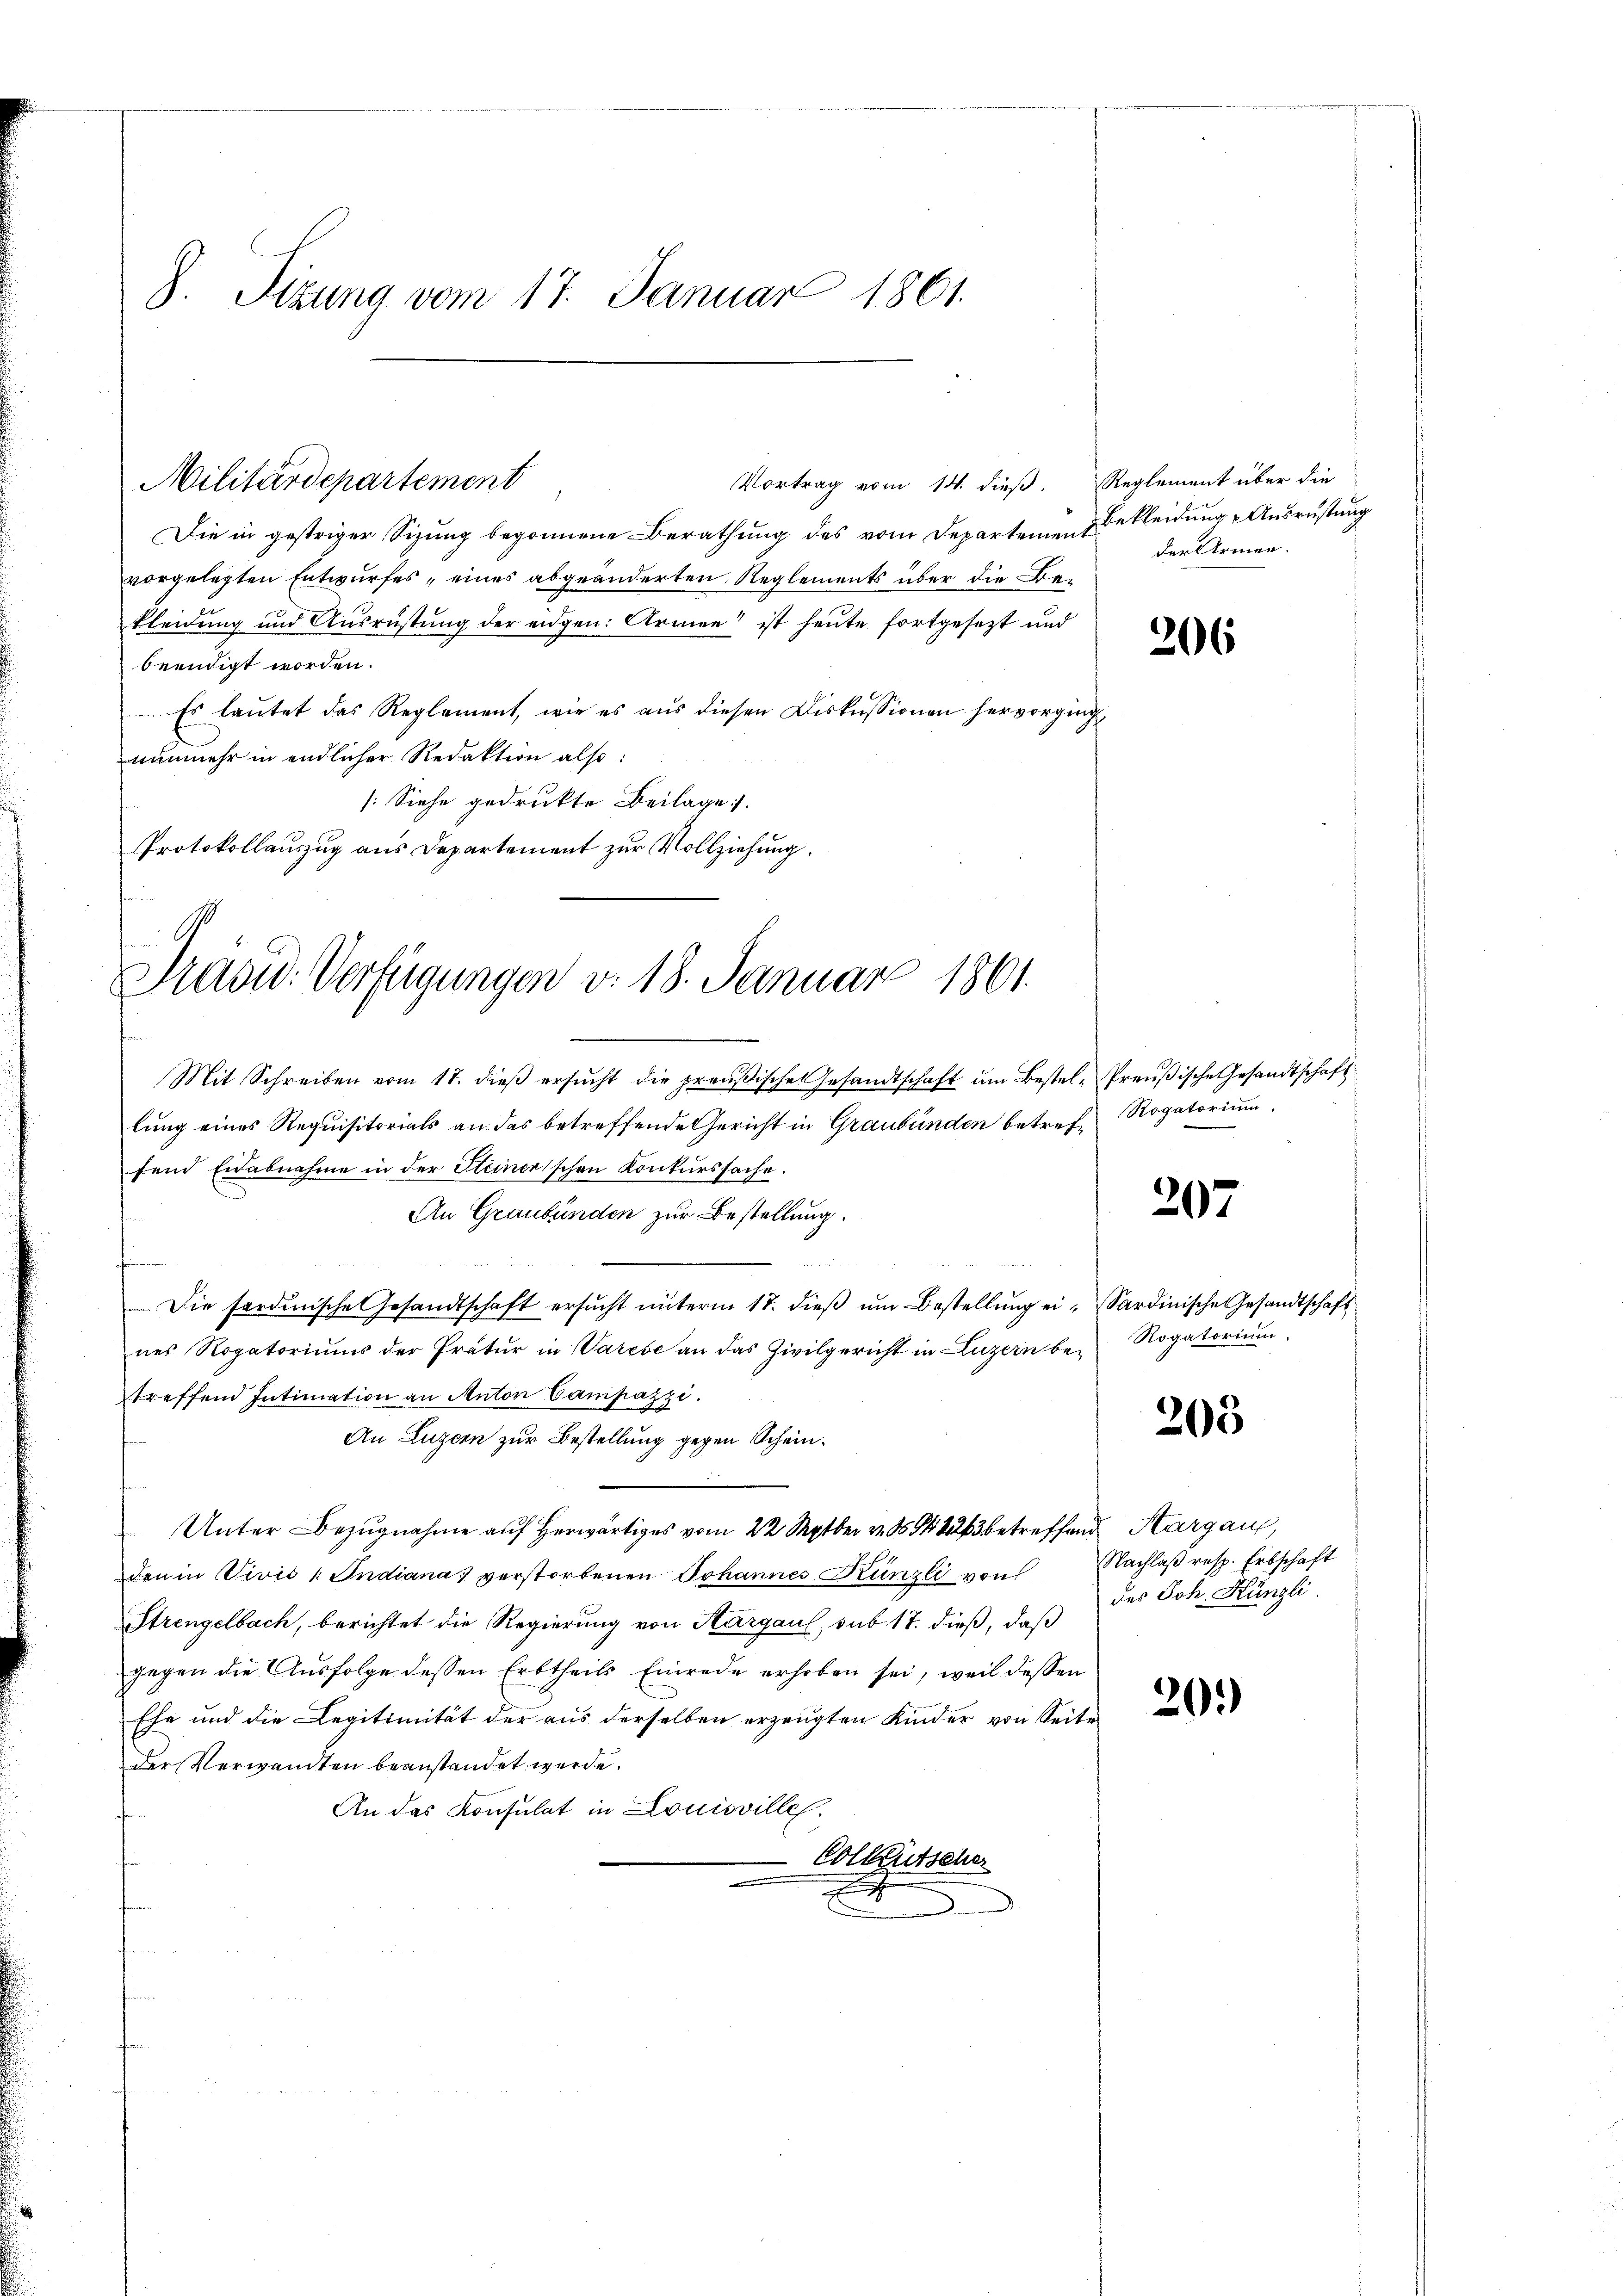
). Sizung vom 17. Januar 1861.

Die in gestriger Sizung begonnene Berathung des vom Departeinen Bekleidung Ausrüstung
vorgelegten Entwurfes, eines abgeänderten Reglements über die Bekleidung und Ausrüstung der eidgen: Armen ist heute fortgesezt und
beendigt worden.
Es lautet das Reglement, wie es aus diesen Diskussionen hervorging,
nunmehr in endlicher Redaktion also:
[Siehe gedrukte Beilage.
Protokollauszug aus Departement zur Vollziehung.
Mit Schreiben vom 17. dieβ ersŭcht die preußisches Gesandtschaft ŭm Bestel- Preŭβische Gesandtschaft
lung eines Requisitorials an das betreffende Gericht in Graubünden betref Rogatorium.
fend Eidabnahme in der Steinerischen Konkurssache.
An Graubünden zur Bestellung.
Die sardinische Gesandtschaft ersŭcht ŭnterm 17. dieβ ŭm Bestellŭng ei-Sardinische Gesandtschaft
nes Rogatoriums der Pratur in Varese an das Zivilgericht in Luzern betreffend Intimation an Anton Campazzi.
An Luzern zur Bestellung gegen Schein¬
Unter Bezugnahme auf herwärtiges vom 22 Septbr v. N. 223 betreffend Sargau,
den in Divis 1. Indiana verstorbenen Johannes Künzli von
Strengelbach, berichtet die Regierung von Aargaul, sub 17. dieß, daß
gegen die Ausfolge dessen Erbtheils Einrede erhoben sei, weil dessen
Ehe und die Legitimität der aus derselben erzeugten Kinder von Seite
der Verwandten beanstandet werde.
An das Konsulat in Louisville.
Colkutscher
.

Militärdepartement

Präsid. Verfügungen v. 18. Januar 1861.
—

Vortrag vom 14. dieß. Reglement über die

der Armen.

206

207

Rogatorium.

203

Nachlaß resp. Erbschaft
des Joh. Künzli.

20.)